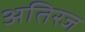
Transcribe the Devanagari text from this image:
अतिरज